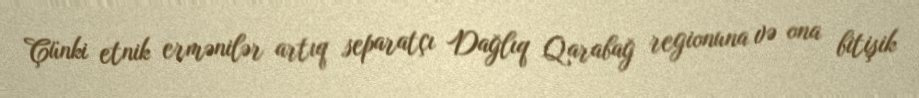
Çünki etnik ermənilər artıq separatçı Dağlıq Qarabağ regionuna və ona bitişik